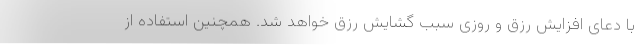
با دعای افزایش رزق و روزی سبب گشایش رزق خواهد شد. همچنین استفاده از